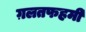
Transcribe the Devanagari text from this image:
ग़लतफहमी